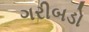
ગરીબડો